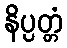
နိပ္ပတ္တံ